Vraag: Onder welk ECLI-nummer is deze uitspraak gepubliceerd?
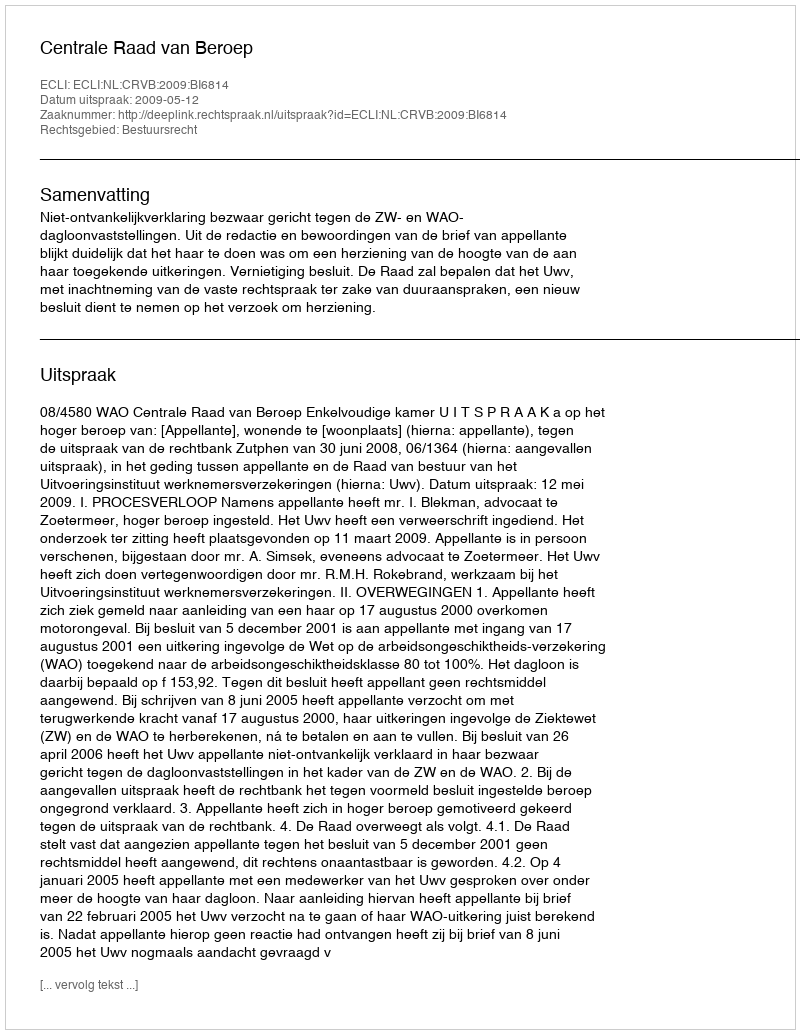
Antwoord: ECLI:NL:CRVB:2009:BI6814